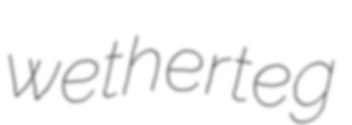
wetherteg